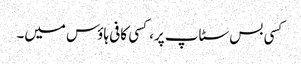
کسی بس سٹاپ پر، کسی کافی ہاؤس میں۔